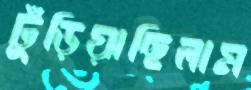
ঢুঁড়িয়াছিলাম